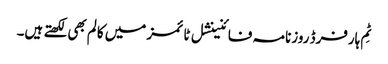
ٹِم ہارفرڈ روزنامہ فائنینشل ٹائمز میں کالم بھی لکھتے ہیں۔